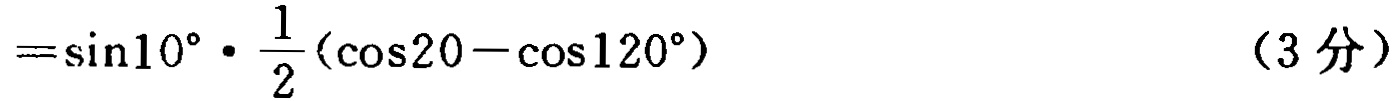
$=\sin10^{\circ}\cdot \frac{1}{2}(\cos20 - \cos120^{\circ})\qquad(3\text{ 分})$